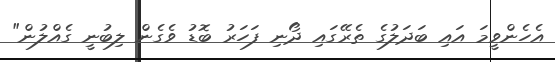
އެހެންވީމަ އައި ބަދަލުގެ ތެރޭގައި ދޯނި ފަހަރު ބޮޑު ވެގެން ލިބުނީ ގެއްލުން"